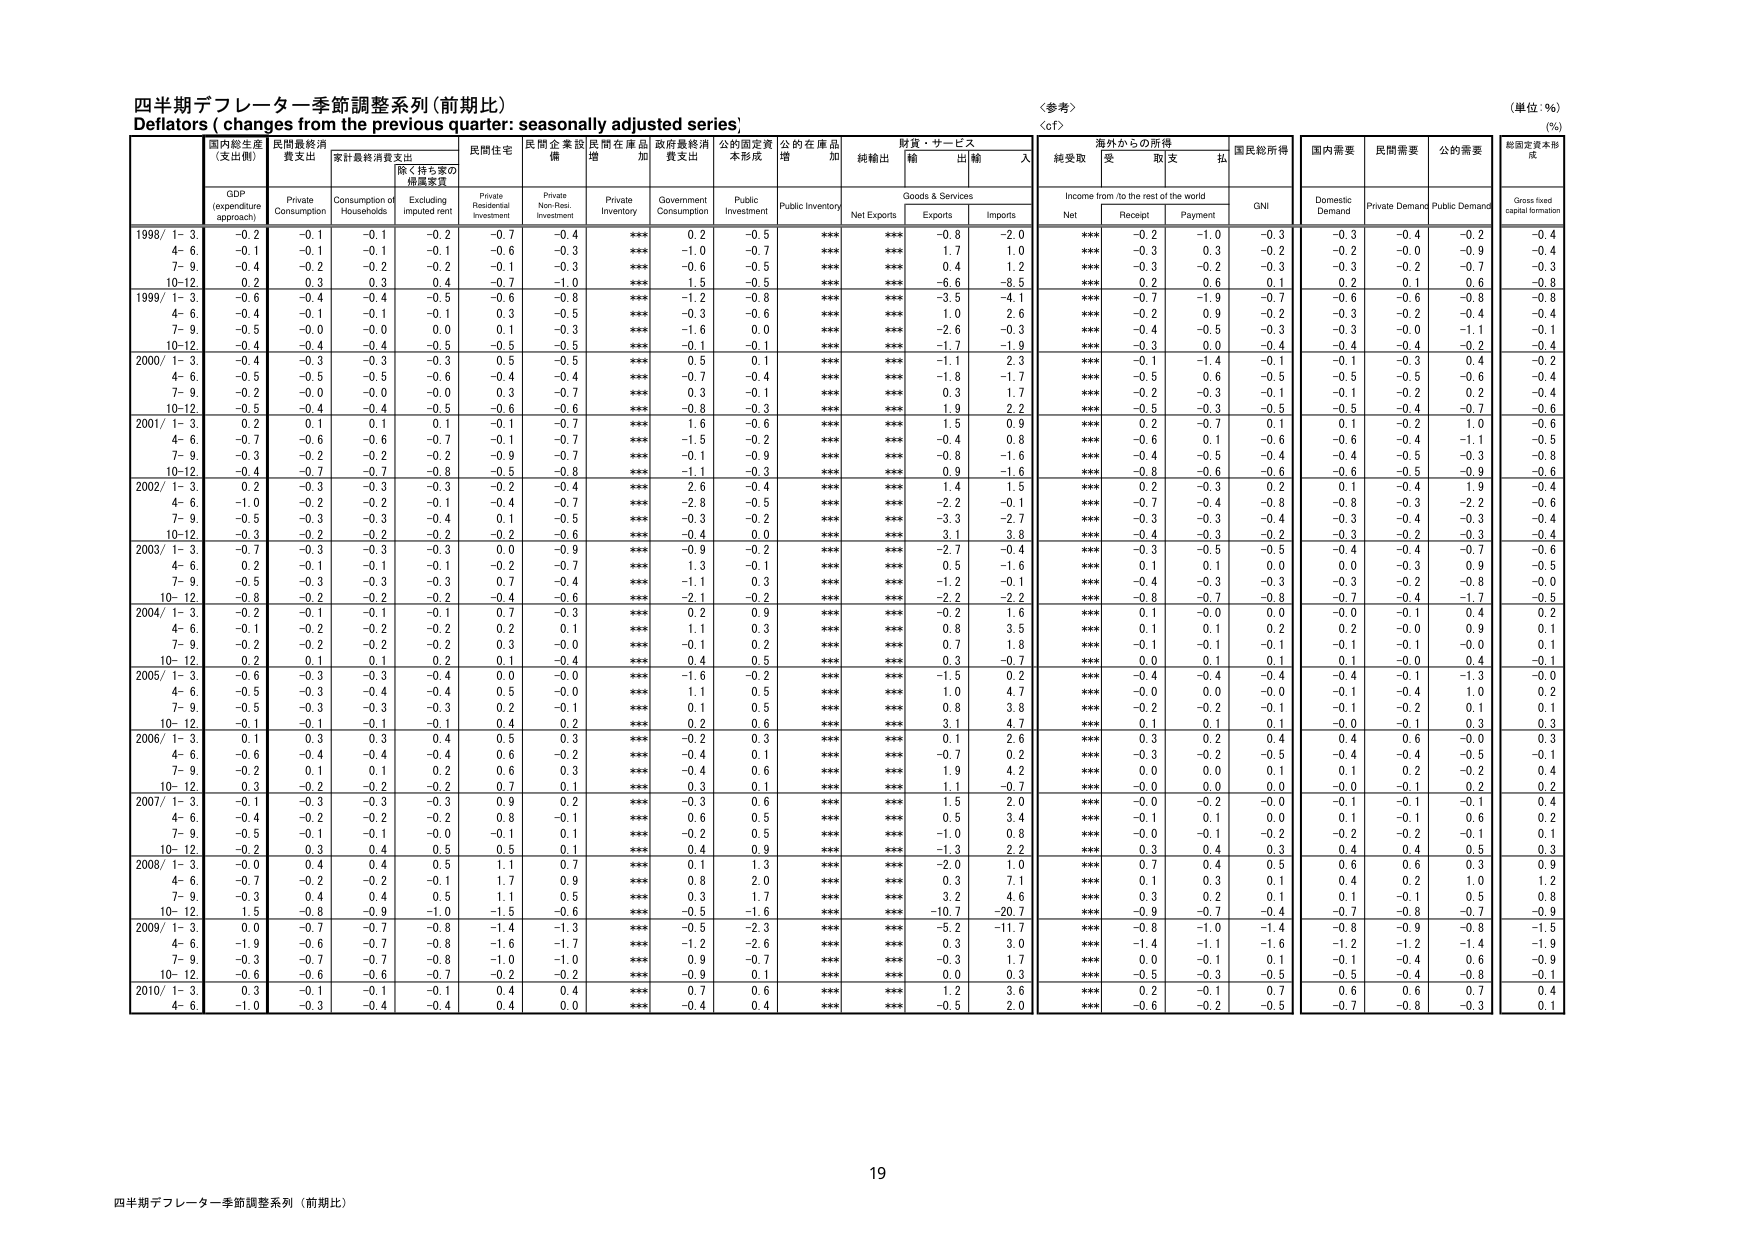
四半期デフレーター季節調整系列（前期比）
Deflators ( changes from the previous quarter: seasonally adjusted series)
〈参考〉
〈cf〉
（単位：％）
（％）

国内総生産
（支出側）
民間最終消費支出
家計最終消費支出
除く持ち家の
帰属家賃
民間住宅
民間企業設備
民間在庫品増加
政府最終消費支出
公的固定資本形成
公的在庫品増加
純輸出
財貨・サービス
輸出
輸入
海外からの所得
受取
支払
国民総所得
国内需要
民間需要
公的需要
総固定資本形成

GDP
(expenditure approach)
Private Consumption
Consumption of Households
Excluding imputed rent
Private Residential Investment
Private Non-Resi. Investment
Private Inventory
Government Consumption
Public Investment
Public Inventory
Net Exports
Goods & Services
Exports
Imports
Income from /to the rest of the world
Net
Receipt
Payment
GNI
Domestic Demand
Private Demand
Public Demand
Gross fixed capital formation

1998/ 1- 3
-0.2
-0.1
-0.1
-0.2
-0.7
-0.4
***
0.2
-0.5
***
***
-0.8
-2.0
***
-0.2
-1.0
-0.3
-0.3
-0.4
-0.4
-0.4
4- 6
-0.1
-0.1
-0.1
-0.1
-0.6
-0.3
***
-1.0
-0.7
***
***
1.7
1.0
***
-0.3
0.3
-0.2
-0.2
-0.0
-0.9
-0.4
7- 9
-0.4
-0.2
-0.2
-0.2
-0.1
-0.3
***
-0.6
-0.5
***
***
0.4
1.2
***
-0.3
-0.2
-0.3
-0.3
-0.2
-0.7
-0.3
10-12
0.2
0.3
0.3
0.4
-0.7
-1.0
***
1.5
-0.5
***
***
-6.6
-8.5
***
0.2
0.6
0.1
0.2
0.1
0.6
-0.8

1999/ 1- 3
-0.6
-0.4
-0.4
-0.5
-0.6
-0.8
***
-1.2
-0.8
***
***
-3.5
-4.1
***
-0.7
-1.9
-0.7
-0.6
-0.6
-0.8
-0.8
4- 6
-0.4
-0.1
-0.1
-0.1
0.3
-0.5
***
-0.3
-0.6
***
***
1.0
2.6
***
-0.2
0.9
-0.2
-0.3
-0.2
-0.4
-0.4
7- 9
-0.5
-0.0
-0.0
0.0
0.1
-0.3
***
-1.6
0.0
***
***
-2.6
-0.3
***
-0.4
-0.5
-0.3
-0.3
-0.0
-1.1
-0.1
10-12
-0.4
-0.4
-0.4
-0.5
-0.5
-0.5
***
-0.1
-0.1
***
***
-1.7
-1.9
***
-0.3
0.0
-0.4
-0.4
-0.4
-0.2
-0.4

2000/ 1- 3
-0.4
-0.3
-0.3
-0.3
0.5
-0.5
***
0.5
0.1
***
***
-1.1
2.3
***
-0.1
-1.4
-0.1
-0.1
-0.3
0.4
-0.2
4- 6
-0.5
-0.5
-0.5
-0.6
-0.4
-0.4
***
-0.7
-0.4
***
***
-1.8
-1.7
***
-0.5
0.6
-0.5
-0.5
-0.5
-0.6
-0.4
7- 9
-0.2
-0.0
-0.0
-0.0
0.3
-0.7
***
0.3
-0.1
***
***
0.3
1.7
***
-0.2
-0.3
-0.1
-0.1
-0.2
0.2
-0.4
10-12
-0.5
-0.4
-0.4
-0.5
-0.6
-0.6
***
-0.8
-0.3
***
***
1.9
2.2
***
-0.5
-0.3
-0.5
-0.5
-0.4
-0.7
-0.6

2001/ 1- 3
0.2
0.1
0.1
0.1
-0.1
-0.7
***
1.6
-0.6
***
***
1.5
0.9
***
0.2
-0.7
0.1
0.1
-0.2
1.0
-0.6
4- 6
-0.7
-0.6
-0.6
-0.7
-0.1
-0.7
***
-1.5
-0.2
***
***
-0.4
0.8
***
-0.6
0.1
-0.6
-0.6
-0.4
-1.1
-0.5
7- 9
-0.3
-0.2
-0.2
-0.2
-0.9
-0.7
***
-0.1
-0.9
***
***
-0.8
-1.6
***
-0.4
-0.5
-0.4
-0.4
-0.5
-0.3
-0.8
10-12
-0.4
-0.7
-0.7
-0.8
-0.5
-0.8
***
-1.1
-0.3
***
***
0.9
-1.6
***
-0.8
-0.6
-0.6
-0.6
-0.5
-0.9
-0.6

2002/ 1- 3
0.2
-0.3
-0.3
-0.3
-0.2
-0.4
***
2.6
-0.4
***
***
1.4
1.5
***
0.2
-0.3
0.2
0.1
-0.4
1.9
-0.4
4- 6
-1.0
-0.2
-0.2
-0.1
-0.4
-0.7
***
-2.8
-0.5
***
***
-2.2
-0.1
***
-0.7
-0.4
-0.8
-0.8
-0.3
-2.2
-0.6
7- 9
-0.5
-0.3
-0.3
-0.4
0.1
-0.5
***
-0.3
-0.2
***
***
-3.3
-2.7
***
-0.3
-0.3
-0.4
-0.3
-0.4
-0.3
-0.4
10-12
-0.3
-0.2
-0.2
-0.2
-0.2
-0.6
***
-0.4
0.0
***
***
3.1
3.8
***
-0.4
-0.3
-0.2
-0.3
-0.2
-0.3
-0.4

2003/ 1- 3
-0.7
-0.3
-0.3
-0.3
0.0
-0.9
***
-0.9
-0.2
***
***
-2.7
-0.4
***
-0.3
-0.5
-0.5
-0.4
-0.4
-0.7
-0.6
4- 6
0.2
-0.1
-0.1
-0.1
-0.2
-0.7
***
1.3
-0.1
***
***
0.5
-1.6
***
0.1
0.1
0.0
0.0
-0.3
0.9
-0.5
7- 9
-0.5
-0.3
-0.3
-0.3
0.7
-0.4
***
-1.1
0.3
***
***
-1.2
-0.1
***
-0.4
-0.3
-0.3
-0.3
-0.2
-0.8
-0.0
10- 12
-0.8
-0.2
-0.2
-0.2
-0.4
-0.6
***
-2.1
-0.2
***
***
-2.2
-2.2
***
-0.8
-0.7
-0.8
-0.7
-0.4
-1.7
-0.5

2004/ 1- 3
-0.2
-0.1
-0.1
-0.1
0.7
-0.3
***
0.2
0.9
***
***
-0.2
1.6
***
0.1
-0.0
0.0
-0.0
-0.1
0.4
0.2
4- 6
-0.1
-0.2
-0.2
-0.2
0.2
0.1
***
1.1
0.3
***
***
0.8
3.5
***
0.1
0.1
0.2
0.2
-0.0
0.9
0.1
7- 9
-0.2
-0.2
-0.2
-0.2
0.3
-0.0
***
-0.1
0.2
***
***
0.7
1.8
***
-0.1
-0.1
-0.1
-0.1
-0.1
-0.0
0.1
10- 12
0.2
0.1
0.1
0.2
0.1
-0.4
***
0.4
0.5
***
***
0.3
-0.7
***
0.0
0.1
0.1
0.1
-0.0
0.4
-0.1

2005/ 1- 3
-0.6
-0.3
-0.3
-0.4
0.0
-0.0
***
-1.6
-0.2
***
***
-1.5
0.2
***
-0.4
-0.4
-0.4
-0.4
-0.1
-1.3
-0.0
4- 6
-0.5
-0.3
-0.4
-0.4
0.5
-0.0
***
1.1
0.5
***
***
1.0
4.7
***
-0.0
0.0
-0.0
-0.1
-0.4
1.0
0.2
7- 9
-0.5
-0.3
-0.3
-0.3
0.2
-0.1
***
0.1
0.5
***
***
0.8
3.8
***
-0.2
-0.2
-0.1
-0.1
-0.2
0.1
0.1
10- 12
-0.1
-0.1
-0.1
-0.1
0.4
0.2
***
0.2
0.6
***
***
3.1
4.7
***
0.1
0.1
0.1
-0.0
-0.1
0.3
0.3

2006/ 1- 3
0.1
0.3
0.3
0.4
0.5
0.3
***
-0.2
0.3
***
***
0.1
2.6
***
0.3
0.2
0.4
0.4
0.6
-0.0
0.3
4- 6
-0.6
-0.4
-0.4
-0.4
0.6
-0.2
***
-0.4
0.1
***
***
-0.7
0.2
***
-0.3
-0.2
-0.5
-0.4
-0.4
-0.5
-0.1
7- 9
-0.2
0.1
0.1
0.2
0.6
0.3
***
-0.4
0.6
***
***
1.9
4.2
***
0.0
0.0
0.1
0.1
0.2
-0.2
0.4
10- 12
0.3
-0.2
-0.2
-0.2
0.7
0.1
***
0.3
0.1
***
***
1.1
-0.7
***
-0.0
0.0
0.0
-0.0
-0.1
0.2
0.2

2007/ 1- 3
-0.1
-0.3
-0.3
-0.3
0.9
0.2
***
-0.3
0.6
***
***
1.5
2.0
***
-0.0
-0.2
-0.0
-0.1
-0.1
-0.1
0.4
4- 6
-0.4
-0.2
-0.2
-0.2
0.8
-0.1
***
0.6
0.5
***
***
0.5
3.4
***
-0.1
0.1
0.0
0.1
-0.1
0.6
0.2
7- 9
-0.5
-0.1
-0.1
-0.0
-0.1
0.1
***
-0.2
0.5
***
***
-1.0
0.8
***
-0.0
-0.1
-0.2
-0.2
-0.2
-0.1
0.1
10- 12
-0.2
0.3
0.4
0.5
0.5
0.1
***
0.4
0.9
***
***
-1.3
2.2
***
0.3
0.4
0.3
0.4
0.4
0.5
0.3

2008/ 1- 3
-0.0
0.4
0.4
0.5
1.1
0.7
***
0.1
1.3
***
***
-2.0
1.0
***
0.7
0.4
0.5
0.6
0.6
0.3
0.9
4- 6
-0.7
-0.2
-0.2
-0.1
1.7
0.9
***
0.8
2.0
***
***
0.3
7.1
***
0.1
0.3
0.1
0.4
0.2
1.0
1.2
7- 9
-0.3
0.4
0.4
0.5
1.1
0.5
***
0.3
1.7
***
***
3.2
4.6
***
0.3
0.2
0.1
0.1
-0.1
0.5
0.8
10- 12
1.5
-0.8
-0.9
-1.0
-1.5
-0.6
***
-0.5
-1.6
***
***
-10.7
-20.7
***
-0.9
-0.7
-0.4
-0.7
-0.8
-0.7
-0.9

2009/ 1- 3
0.0
-0.7
-0.7
-0.8
-1.4
-1.3
***
-0.5
-2.3
***
***
-5.2
-11.7
***
-0.8
-1.0
-1.4
-0.8
-0.9
-0.8
-1.5
4- 6
-1.9
-0.6
-0.7
-0.8
-1.6
-1.7
***
-1.2
-2.6
***
***
0.3
3.0
***
-1.4
-1.1
-1.6
-1.2
-1.2
-1.4
-1.9
7- 9
-0.3
-0.7
-0.7
-0.8
-1.0
-1.0
***
0.9
-0.7
***
***
-0.3
1.7
***
0.0
-0.1
0.1
-0.1
-0.4
0.6
-0.9
10- 12
-0.6
-0.6
-0.6
-0.7
-0.2
-0.2
***
-0.9
0.1
***
***
0.0
0.3
***
-0.5
-0.3
-0.5
-0.5
-0.4
-0.8
-0.1

2010/ 1- 3
0.3
-0.1
-0.1
-0.1
0.4
0.4
***
0.7
0.6
***
***
1.2
3.6
***
0.2
-0.1
0.7
0.6
0.6
0.7
0.4
4- 6
-1.0
-0.3
-0.4
-0.4
0.4
0.0
***
-0.4
0.4
***
***
-0.5
2.0
***
-0.6
-0.2
-0.5
-0.7
-0.8
-0.3
0.1

19
四半期デフレーター季節調整系列（前期比）